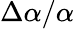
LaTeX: \Delta\alpha/\alpha